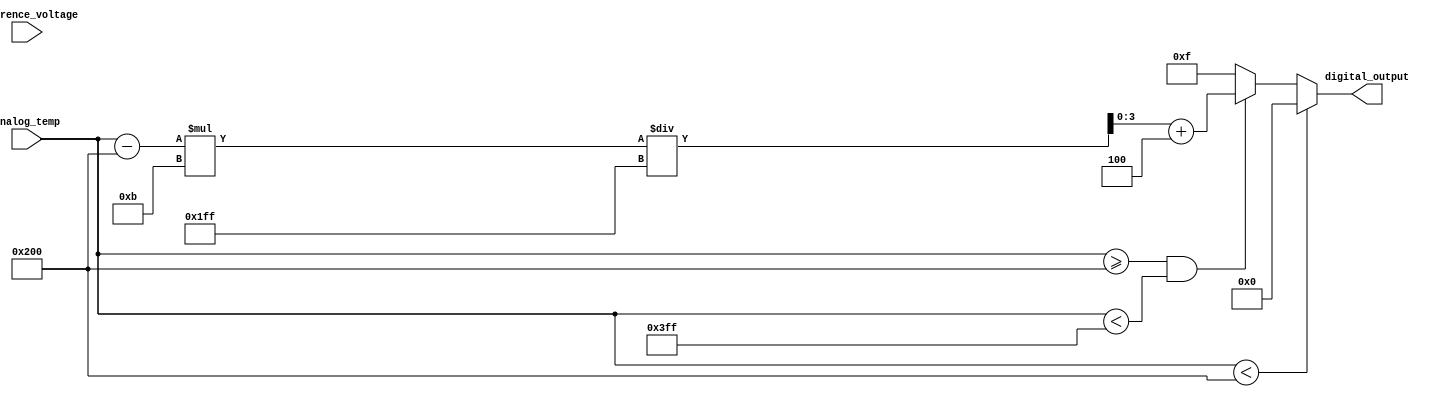
module thermal_encoder (
    input wire [9:0] analog_temp,      // 10-bit analog temperature input
    input wire [9:0] reference_voltage, // Reference voltage for comparison
    output reg [3:0] digital_output     // 4-bit digital output
);

// Define temperature thresholds (in ADC counts)
parameter TEMP_MIN = 10'd0;          // Corresponds to -20C
parameter TEMP_0C = 10'd512;          // Corresponds to 0C
parameter TEMP_100C = 10'd1023;       // Corresponds to 100C

// Define digital output values for specific temperature ranges
parameter OUT_MIN = 4'b0000;         // -20C
parameter OUT_0C = 4'b0100;           // 0C
parameter OUT_100C = 4'b1111;         // 100C

always @(*) begin
    // Default output
    digital_output = OUT_MIN;

    // Encoding logic based on temperature ranges
    if (analog_temp < TEMP_0C) begin
        digital_output = OUT_MIN; // Below 0C
    end else if (analog_temp >= TEMP_0C && analog_temp < TEMP_100C) begin
        // Linear mapping between 0C and 100C
        digital_output = (analog_temp - TEMP_0C) * (OUT_100C - OUT_0C) / (TEMP_100C - TEMP_0C) + OUT_0C;
    end else begin
        digital_output = OUT_100C; // Above 100C
    end
end

endmodule